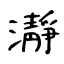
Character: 瀞